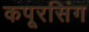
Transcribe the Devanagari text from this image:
कपूरसिंग